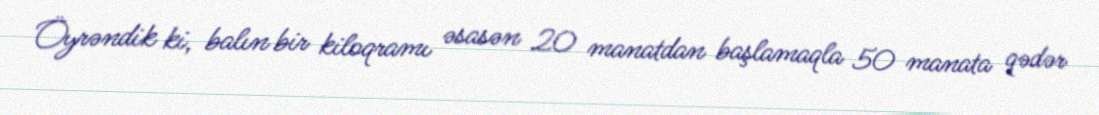
Öyrəndik ki, balın bir kiloqramı əsasən 20 manatdan başlamaqla 50 manata qədər